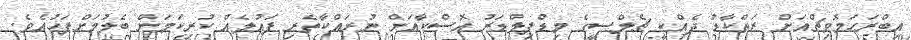
އިބްރަހަމޮވިޗްއަށް ރަތްކާޑު ދެއްކީ ޗެލްސީގެ މިޑްފިލްޑަރު އޮސްކާއަށް ނުރައްކާތެރި ފައުލެއް ކުރިކަމަށް ބެލުމަށްފަހުއެވެ.